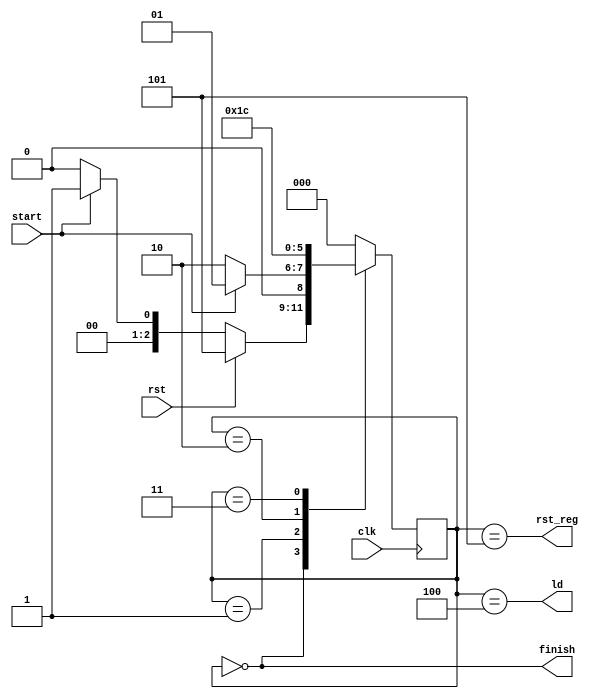
module NeuronController(clk, rst, start, ld, rst_reg, finish);
	input clk;
	input rst;
	input start;
	output ld;
	output rst_reg;
	output finish;

	parameter READY = 3'b000;
	parameter INIT = 3'b001;
	parameter MULT = 3'b010;
	parameter ADD = 3'b011;
	parameter STORE = 3'b100;
	parameter RESET = 3'b101;

	reg [2 : 0]cs;
	reg [2 : 0]ns;

	always @(*)
	begin
		case(cs)
			READY: ns = rst ? RESET :
					start ? INIT : READY;
			RESET: ns = READY;
			INIT: ns = start ? INIT : MULT;
			MULT: ns = ADD;
			ADD: ns = STORE;
			STORE: ns = READY;
			default: ns = READY;
		endcase
	end

	assign rst_reg = (cs == RESET);
	assign finish = (cs == READY);
	assign ld = (cs == STORE);

	always @(posedge clk)
	begin
		cs <= ns;
	end
endmodule